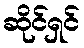
ဆိုင်ရှင်